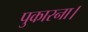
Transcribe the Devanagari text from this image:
पुकारना।